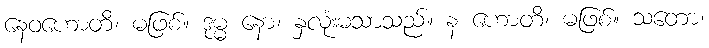
နေဝဟောတိ၊ မဖြစ်။ ဒုမ္မ နော၊ နှလုံးမသာသည်။ န ဟောတိ၊ မဖြစ်။ သတော၊